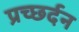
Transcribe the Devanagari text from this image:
प्रच्छर्दन